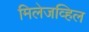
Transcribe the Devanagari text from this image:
मिलेजव्हिल